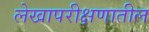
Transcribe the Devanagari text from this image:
लेखापरीक्षणातील